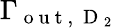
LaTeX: \Gamma_{\mathrm{~o~u~t~,~}\mathrm{~D~}_{2}}